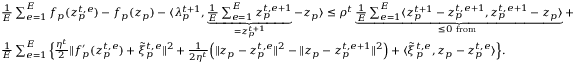
\begin{array} { r l } & { \frac { 1 } { E } \sum _ { e = 1 } ^ { E } f _ { p } ( z _ { p } ^ { t , e } ) - f _ { p } ( z _ { p } ) - \langle \lambda _ { p } ^ { t + 1 } , \underbrace { \frac { 1 } { E } \sum _ { e = 1 } ^ { E } z _ { p } ^ { t , e + 1 } } _ { = z _ { p } ^ { t + 1 } } - z _ { p } \rangle \leq \rho ^ { t } \underbrace { \frac { 1 } { E } \sum _ { e = 1 } ^ { E } \langle z _ { p } ^ { t + 1 } - z _ { p } ^ { t , e + 1 } , z _ { p } ^ { t , e + 1 } - z _ { p } \rangle } _ { \leq 0 \mathrm { ~ f r o m ~ } } + } \\ & { \frac { 1 } { E } \sum _ { e = 1 } ^ { E } \Big \{ \frac { \eta ^ { t } } { 2 } \| f _ { p } ^ { \prime } ( z _ { p } ^ { t , e } ) + \tilde { \xi } _ { p } ^ { t , e } \| ^ { 2 } + \frac { 1 } { 2 \eta ^ { t } } \Big ( \| z _ { p } - z _ { p } ^ { t , e } \| ^ { 2 } - \| z _ { p } - z _ { p } ^ { t , e + 1 } \| ^ { 2 } \Big ) + \langle \tilde { \xi } _ { p } ^ { t , e } , z _ { p } - z _ { p } ^ { t , e } \rangle \Big \} . } \end{array}